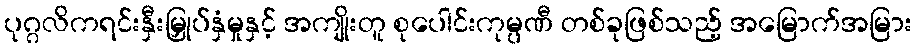
ပုဂ္ဂလိကရင်းနှီးမြှုပ်နှံမှုနှင့် အကျိုးတူ စုပေါင်းကုမ္ပဏီ တစ်ခုဖြစ်သည့် အမြောက်အမြား